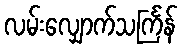
လမ်းလျှောက်သင်္ကြန်